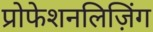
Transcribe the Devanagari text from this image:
प्रोफेशनलिज़िंग